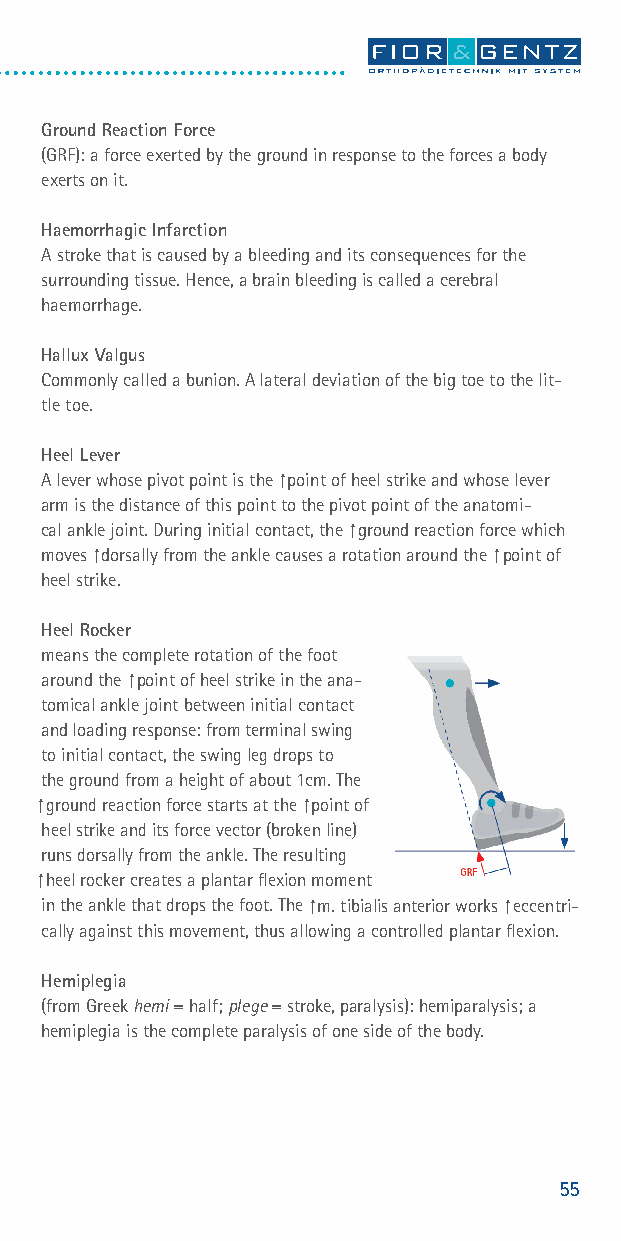
Ground Reaction Force
 (GRF): a force exerted by the ground in response to the forces a body
 exerts on it.
 Haemorrhagic Infarction
 A stroke that is caused by a bleeding and its consequences for the
 surrounding tissue. Hence, a brain bleeding is called a cerebral
 haemorrhage.
 Hallux Valgus
 Commonly called a bunion. A lateral deviation of the big toe to the lit-
 tle toe.
 Heel Lever
 A lever whose pivot point is the ⁭ point of heel strike and whose lever
 arm is the distance of this point to the pivot point of the anatomi-
 cal ankle joint. During initial contact, the ⁭ ground reaction force which
 moves ⁭ dorsally from the ankle causes a rotation around the ⁭ point of
 heel strike.
 Heel Rocker
 means the complete rotation of the foot
 around the ⁭ point of heel strike in the ana-
 tomical ankle joint between initial contact
 and loading response: from terminal swing
 to initial contact, the swing leg drops to
 the ground from a height of about 1cm. The
 ⁭ ground reaction force starts at the ⁭ point of
 heel strike and its force vector (broken line)
 runs dorsally from the ankle. The resulting
 ⁭ heel rocker creates a plantar fl exion moment
 in the ankle that drops the foot. The ⁭ m. tibialis anterior works ⁭ eccentri-
 cally against this movement, thus allowing a controlled plantar fl exion.
 Hemiplegia
 (from Greek hemi = half; plege = stroke, paralysis): hemiparalysis; a
 hemiplegia is the complete paralysis of one side of the body.
 55